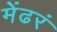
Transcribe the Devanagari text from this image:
मेंढरं